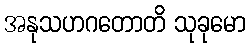
အနုသဟဂတောတိ သုခုမော